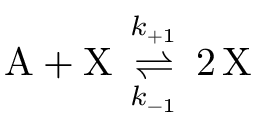
\mathrm { A } + \mathrm { X } \, \underset { k _ { - 1 } } { \overset { k _ { + 1 } } { \rightleftharpoons } } \, 2 \, \mathrm { X }